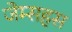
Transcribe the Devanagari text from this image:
जेम्सहस